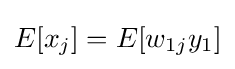
E[x_{j}]=E[w_{1j}y_{1}]